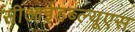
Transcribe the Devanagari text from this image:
सीआईडब्‍ल्‍यूएस